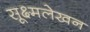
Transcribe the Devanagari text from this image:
सूक्ष्मलेखन